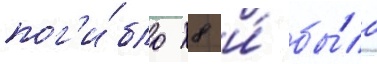
пог'и́бло 8 и́ бы́ло